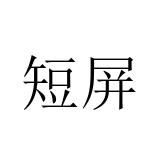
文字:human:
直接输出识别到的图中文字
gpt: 短屏